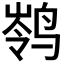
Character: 𮹗